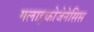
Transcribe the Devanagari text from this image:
गलाइकोजेनेसिस